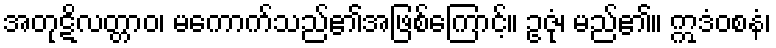
အတုဋိလတ္တာဝ၊ မကောက်သည်၏အဖြစ်ကြောင့်။ ဥဇုံ၊ မည်၏။ ဣဒံဝစနံ၊